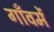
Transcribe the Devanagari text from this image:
गाँवमें